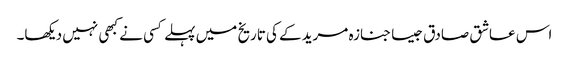
اس عاشق صادق جیسا جنازہ مریدکے کی تاریخ میں پہلے کسی نے کبھی نہیں دیکھا۔